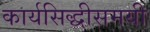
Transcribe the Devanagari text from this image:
कार्यसिद्धीसमयी